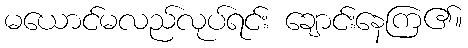
မယောင်မလည်လုပ်ရင်း ချောင်းနေကြ၏။